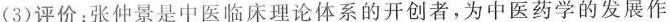
(3)评价：张仲景是中医临床理论体系的开创者，为中医药学的发展作